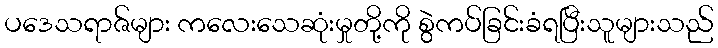
ပဒေသရာဇ်များ ကလေးသေဆုံးမှုတို့ကို စွဲကပ်ခြင်းခံရပြီးသူများသည်